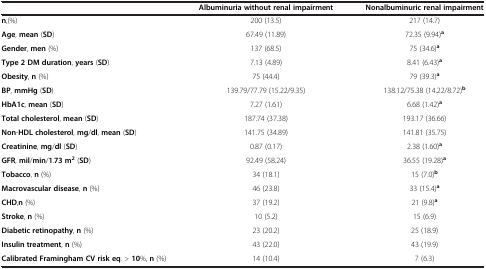
<table><thead><tr><td><b> </b></td><td><b>Albuminuria without renal impairment</b></td><td><b>Nonalbuminuric renal impairment</b></td></tr></thead><tbody><tr><td><b>n</b>,(%)</td><td>200 (13.5)</td><td>217 (14.7)</td></tr><tr><td><b>Age</b>, <b>mean</b> (<b>SD</b>)</td><td>67.49 (11.89)</td><td>72.35 (9.94)<sup><b>a</b></sup></td></tr><tr><td><b>Gender</b>, <b>men</b> (%)</td><td>137 (68.5)</td><td>75 (34.6)<sup><b>a</b></sup></td></tr><tr><td><b>Type 2 DM duration</b>, <b>years</b> (<b>SD</b>)</td><td>7.13 (4.89)</td><td>8.41 (6.43)<sup><b>a</b></sup></td></tr><tr><td><b>Obesity</b>, <b>n</b> (%)</td><td>75 (44.4)</td><td>79 (39.3)<sup><b>a</b></sup></td></tr><tr><td><b>BP</b>, <b>mmHg</b> (<b>SD</b>)</td><td>139.79/77.79 (15.22/9.35)</td><td>138.12/75.38 (14.22/8.72)<sup><b>b</b></sup></td></tr><tr><td><b>HbA1c</b>, <b>mean</b> (<b>SD</b>)</td><td>7.27 (1.61)</td><td>6.68 (1.42)<sup><b>a</b></sup></td></tr><tr><td><b>Total cholesterol</b>, <b>mean</b> (<b>SD</b>)</td><td>187.74 (37.38)</td><td>193.17 (36.66)</td></tr><tr><td><b>Non</b>-<b>HDL cholesterol</b>, <b>mg</b>/<b>dl</b>, <b>mean</b> (<b>SD</b>)</td><td>141.75 (34.89)</td><td>141.81 (35.75)</td></tr><tr><td><b>Creatinine</b>, <b>mg</b>/<b>dl</b> (<b>SD</b>)</td><td>0.87 (0.17)</td><td>2.38 (1.60)<sup><b>a</b></sup></td></tr><tr><td><b>GFR</b>, <b>mil</b>/<b>min</b>/<b>1</b>.<b>73 m</b><sup><b>2</b></sup> (<b>SD</b>)</td><td>92.49 (58.24)</td><td>36.55 (19.28)<sup><b>a</b></sup></td></tr><tr><td><b>Tobacco</b>, <b>n</b> (%)</td><td>34 (18.1)</td><td>15 (7.0)<sup><b>b</b></sup></td></tr><tr><td><b>Macrovascular disease</b>, <b>n</b> (%)</td><td>46 (23.8)</td><td>33 (15.4)<sup><b>a</b></sup></td></tr><tr><td><b>CHD</b>,<b>n</b> (%)</td><td>37 (19.2)</td><td>21 (9.8)<sup><b>a</b></sup></td></tr><tr><td><b>Stroke</b>, <b>n</b> (%)</td><td>10 (5.2)</td><td>15 (6.9)</td></tr><tr><td><b>Diabetic retinopathy</b>, <b>n</b> (%)</td><td>23 (20.2)</td><td>25 (18.9)</td></tr><tr><td><b>Insulin treatment</b>, <b>n</b> (%)</td><td>43 (22.0)</td><td>43 (19.9)</td></tr><tr><td><b>Calibrated Framingham CV risk eq</b>. &amp;<b>10</b>%, <b>n</b> (%)</td><td>14 (10.4)</td><td>7 (6.3)</td></tr></tbody></table>